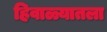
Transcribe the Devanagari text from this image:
हिवाळ्यातला